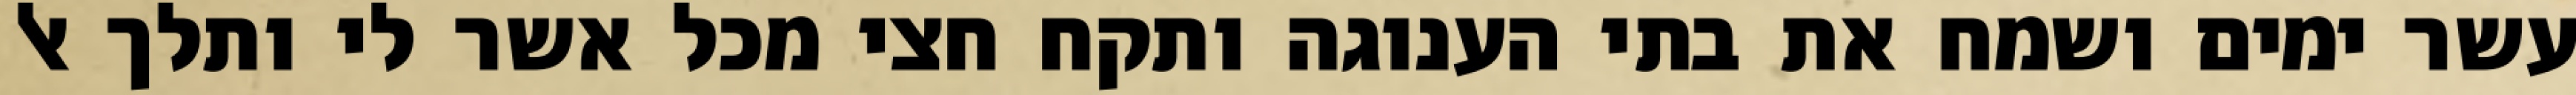
עשר ימים ושמח את בתי הענוגה ותקח חצי מכל אשר לי ותלך אל